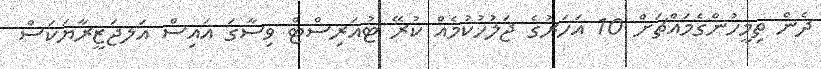
ދެން ތިމީހުންގެމައްޗަށް 10 އަހަރުގެ ޖަލުހުކުމެއް ކުރޭ ޓުއަރިސްޓް ވިސާގަ އައިސް އަލޖަޒީރާޔަކަސް